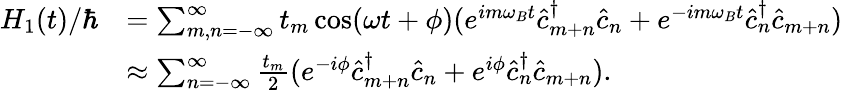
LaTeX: \begin{array}{rl}{H_{1}(t)/\hbar}&{=\sum_{m,n=-\infty}^{\infty}t_{m}\cos(\omega t+\phi)(e^{im\omega_{B}t}\hat{c}_{m+n}^{\dagger}\hat{c}_{n}+e^{-im\omega_{B}t}\hat{c}_{n}^{\dagger}\hat{c}_{m+n})}\\ &{\approx\sum_{n=-\infty}^{\infty}\frac{t_{m}}{2}(e^{-i\phi}\hat{c}_{m+n}^{\dagger}\hat{c}_{n}+e^{i\phi}\hat{c}_{n}^{\dagger}\hat{c}_{m+n}).}\end{array}